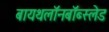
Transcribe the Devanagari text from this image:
बायथलॉनबॉब्स्लेड